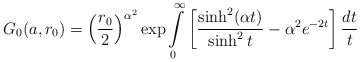
\begin{align*}G_0(a, r_0) =\left( \frac{r_0}2\right) ^{\alpha^2}\exp \int\limits_{0}^{\infty }\left[ \frac{\sinh ^2(\alpha t)}{\sinh ^2t}-\alpha^2e^{-2t}\right] \frac{dt}t \end{align*}